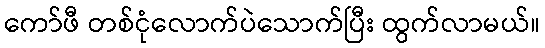
ကော်ဖီ တစ်ငုံလောက်ပဲသောက်ပြီး ထွက်လာမယ်။